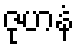
ဇုဟနံ